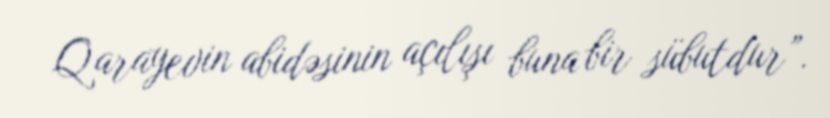
Qarayevin abidəsinin açılışı buna bir sübutdur”.